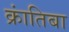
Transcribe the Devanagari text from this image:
क्रांतिबा